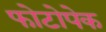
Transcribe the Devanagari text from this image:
फोटोपेक